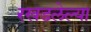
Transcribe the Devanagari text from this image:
रखडलेल्या